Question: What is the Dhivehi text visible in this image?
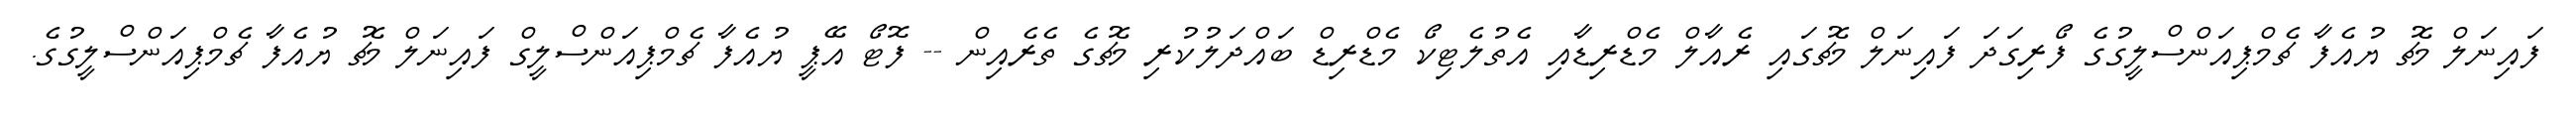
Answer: ފައިނަލް މެޗު ޔުއެފާ ޗެމްޕިއަންސްލީގުގެ ފޯރިގަދަ ފައިނަލް މެޗުގައި ރެއާލް މެޑްރިޑާއި އެތުލެޓިކޯ މެޑްރިޑް ބައްދަލުކުރި މެޗުގެ ތެރެއިން -- ފޮޓޯ އޭޕީ ޔުއެފާ ޗެމްޕިއަންސްލީގް ފައިނަލް މެޗު ޔުއެފާ ޗެމްޕިއަންސްލީގުގެ.